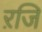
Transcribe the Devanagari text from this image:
ऱजि